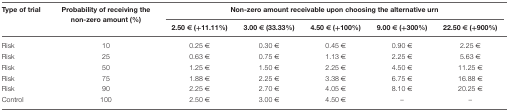
| Type of trial | Probability of receiving the non-zero amount (%) | <COLSPAN=5> Non-zero amount receivable upon choosing the alternative urn |
 |  |  | 2.50 € (+11.11%) | 3.00 € (33.33%) | 4.50 € (+100%) | 9.00 € (+300%) | 22.50 € (+900%) |
 | --- | --- | --- | --- | --- | --- | --- |
 | Risk | 10 | 0.25 € | 0.30 € | 0.45 € | 0.90 € | 2.25 € |
 | Risk | 25 | 0.63 € | 0.75 € | 1.13 € | 2.25 € | 5.63 € |
 | Risk | 50 | 1.25 € | 1.50 € | 2.25 € | 4.50 € | 11.25 € |
 | Risk | 75 | 1.88 € | 2.25 € | 3.38 € | 6.75 € | 16.88 € |
 | Risk | 90 | 2.25 € | 2.70 € | 4.05 € | 8.10 € | 20.25 € |
 | Control | 100 | 2.50 € | 3.00 € | 4.50 € | – | – |